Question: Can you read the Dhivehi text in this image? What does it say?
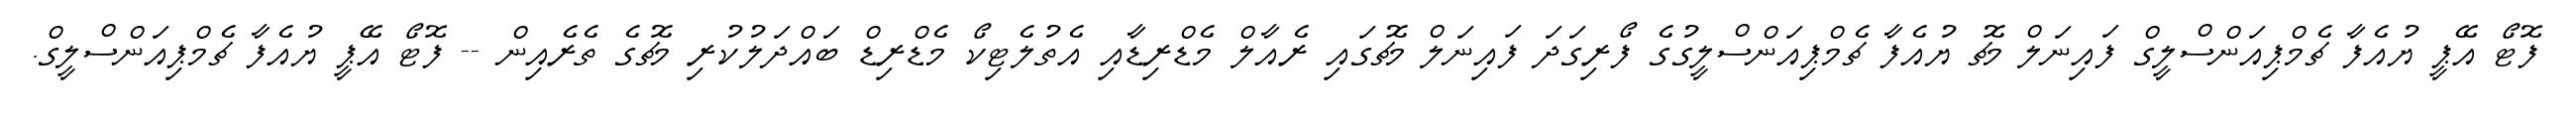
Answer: ފޮޓޯ އޭޕީ ޔުއެފާ ޗެމްޕިއަންސްލީގް ފައިނަލް މެޗު ޔުއެފާ ޗެމްޕިއަންސްލީގުގެ ފޯރިގަދަ ފައިނަލް މެޗުގައި ރެއާލް މެޑްރިޑާއި އެތުލެޓިކޯ މެޑްރިޑް ބައްދަލުކުރި މެޗުގެ ތެރެއިން -- ފޮޓޯ އޭޕީ ޔުއެފާ ޗެމްޕިއަންސްލީގް.